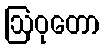
ဩဝုတော